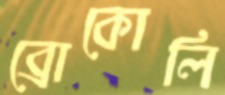
ব্রোকোলি